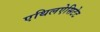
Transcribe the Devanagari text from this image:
एथिलऐसिटेट